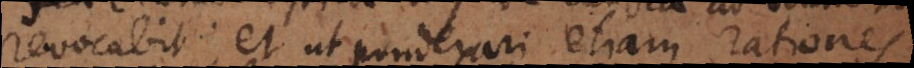
revocabit, et ut ponderari etiam rationes